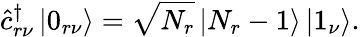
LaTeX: \hat{c}_{r\nu}^{\dagger}\left|0_{r\nu}\right>=\sqrt{N_{r}}\left|N_{r}-1\right>\left|1_{\nu}\right>.